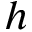
h